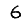
Digit: 6